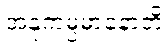
အနုကမ္ပမာနောတိ